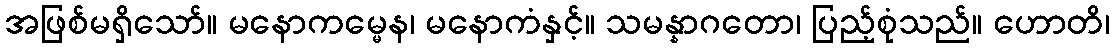
အဖြစ်မရှိသော်။ မနောကမ္မေန၊ မနောကံနှင့်။ သမန္နာဂတော၊ ပြည့်စုံသည်။ ဟောတိ၊